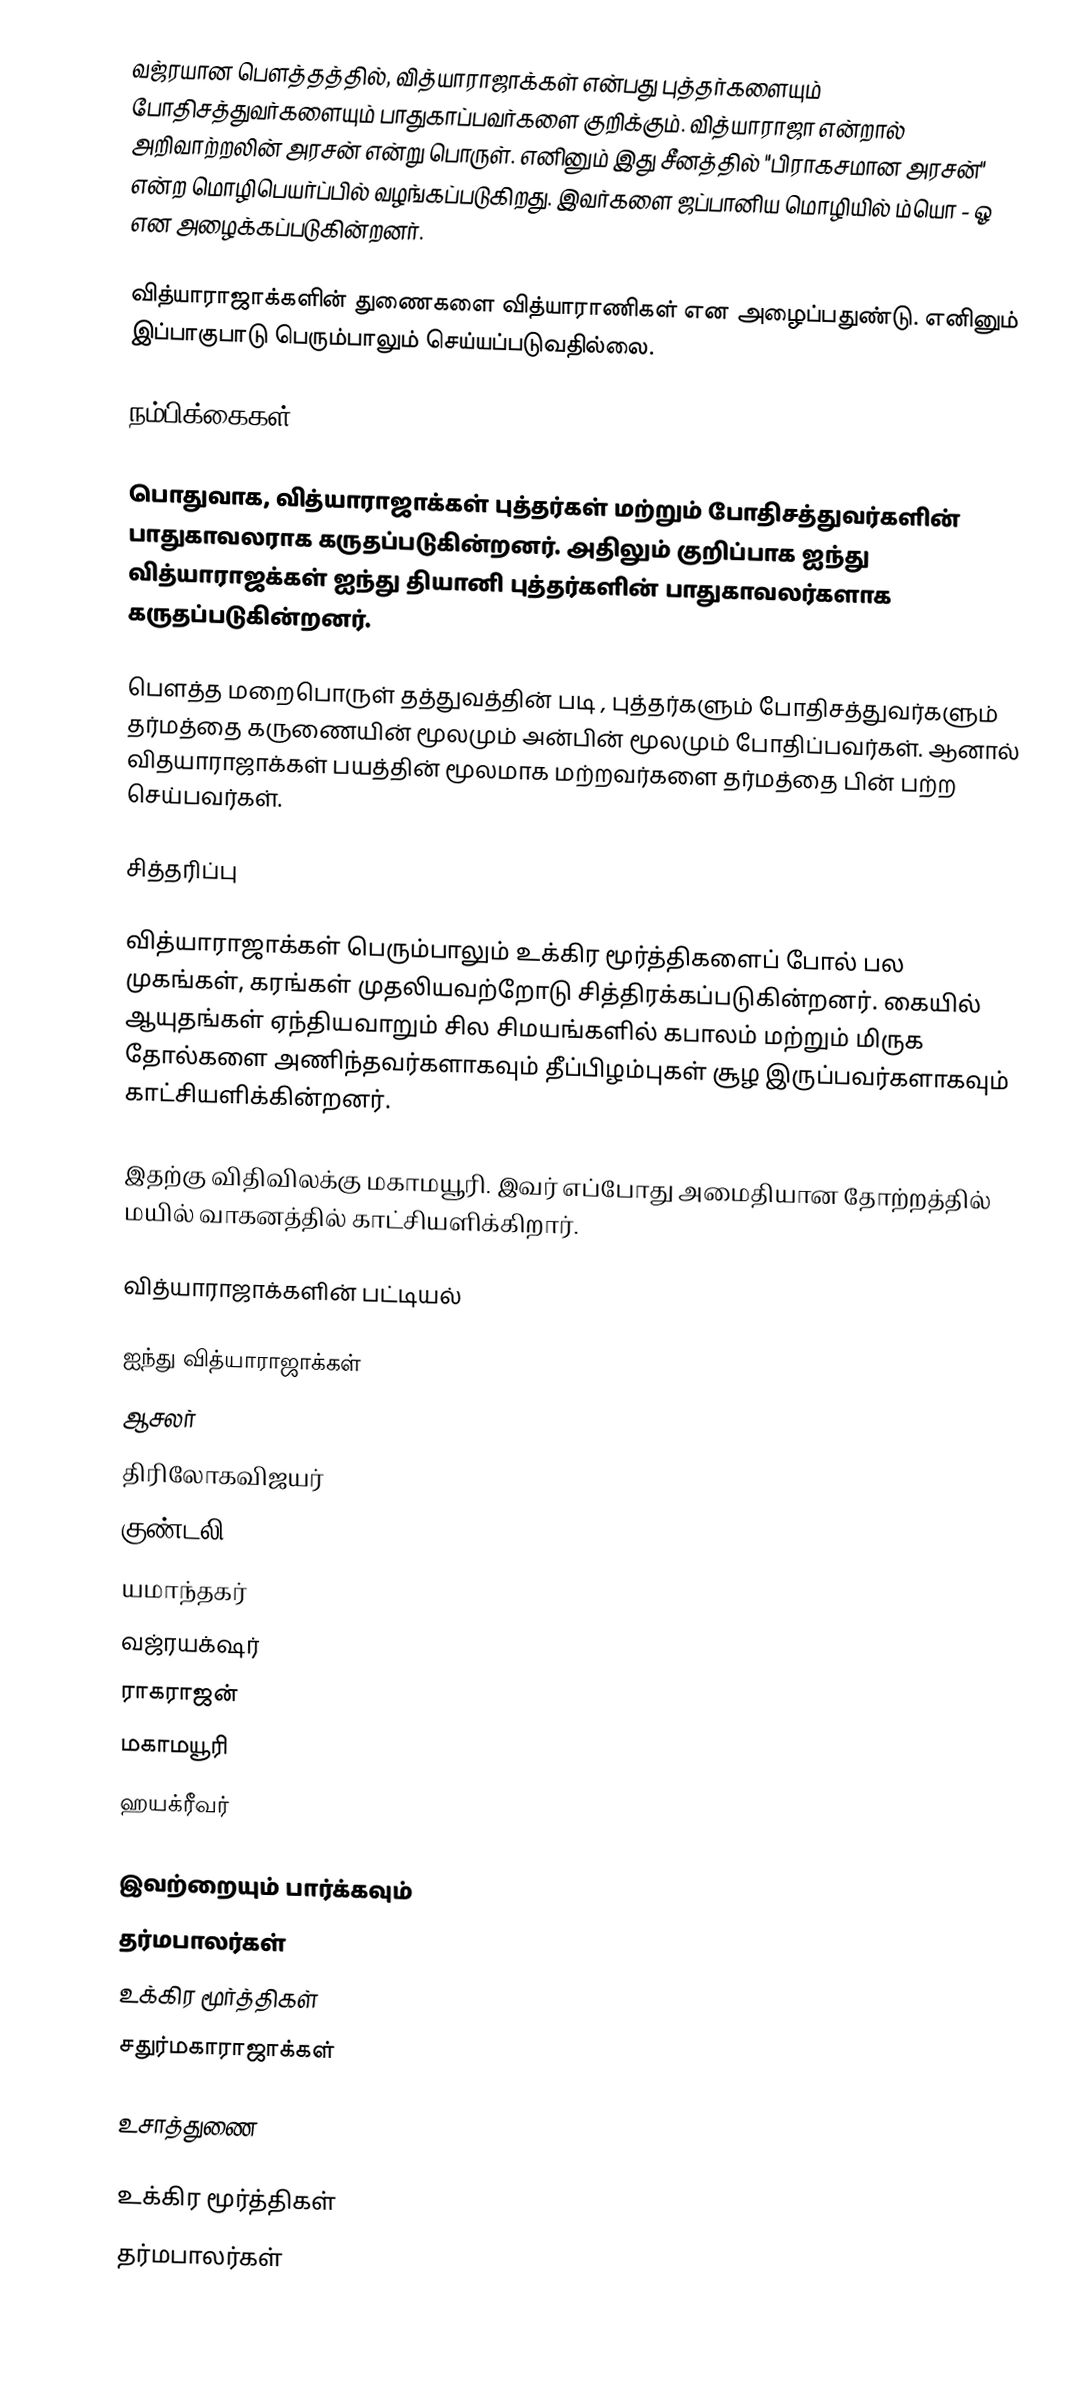
வஜ்ரயான பௌத்தத்தில், வித்யாராஜாக்கள் என்பது புத்தர்களையும் போதிசத்துவர்களையும் பாதுகாப்பவர்களை குறிக்கும். வித்யாராஜா என்றால் அறிவாற்றலின் அரசன் என்று பொருள். எனினும் இது சீனத்தில் "பிராகசமான அரசன்" என்ற மொழிபெயர்ப்பில் வழங்கப்படுகிறது. இவர்களை ஜப்பானிய மொழியில் ம்யொ - ஓ என அழைக்கப்படுகின்றனர்.

வித்யாராஜாக்களின் துணைகளை வித்யாராணிகள் என அழைப்பதுண்டு. எனினும் இப்பாகுபாடு பெரும்பாலும் செய்யப்படுவதில்லை.

நம்பிக்கைகள்

பொதுவாக, வித்யாராஜாக்கள் புத்தர்கள் மற்றும் போதிசத்துவர்களின் பாதுகாவலராக கருதப்படுகின்றனர். அதிலும் குறிப்பாக ஐந்து வித்யாராஜக்கள் ஐந்து தியானி புத்தர்களின் பாதுகாவலர்களாக கருதப்படுகின்றனர்.

பௌத்த மறைபொருள் தத்துவத்தின் படி , புத்தர்களும் போதிசத்துவர்களும் தர்மத்தை கருணையின் மூலமும் அன்பின் மூலமும் போதிப்பவர்கள். ஆனால் விதயாராஜாக்கள் பயத்தின் மூலமாக மற்றவர்களை தர்மத்தை பின் பற்ற செய்பவர்கள்.

சித்தரிப்பு

வித்யாராஜாக்கள் பெரும்பாலும் உக்கிர மூர்த்திகளைப் போல் பல முகங்கள், கரங்கள் முதலியவற்றோடு சித்திரக்கப்படுகின்றனர். கையில் ஆயுதங்கள் ஏந்தியவாறும் சில சிமயங்களில் கபாலம் மற்றும் மிருக தோல்களை அணிந்தவர்களாகவும் தீப்பிழம்புகள் சூழ இருப்பவர்களாகவும் காட்சியளிக்கின்றனர்.

இதற்கு விதிவிலக்கு மகாமயூரி. இவர் எப்போது அமைதியான தோற்றத்தில் மயில் வாகனத்தில் காட்சியளிக்கிறார்.

வித்யாராஜாக்களின் பட்டியல்

 ஐந்து வித்யாராஜாக்கள்
 ஆசலர்
 திரிலோகவிஜயர்
 குண்டலி
 யமாந்தகர்
 வஜ்ரயக்‌ஷர்
 ராகராஜன்
 மகாமயூரி
 ஹயக்ரீவர்

இவற்றையும் பார்க்கவும்
தர்மபாலர்கள்
உக்கிர மூர்த்திகள்
சதுர்மகாராஜாக்கள்

உசாத்துணை

உக்கிர மூர்த்திகள்
தர்மபாலர்கள்